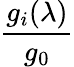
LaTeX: \frac{g_{i}(\lambda)}{g_{0}}